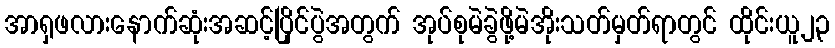
အာရှဖလားနောက်ဆုံးအဆင့်ပြိုင်ပွဲအတွက် အုပ်စုမဲခွဲဖို့မဲအိုးသတ်မှတ်ရာတွင် ထိုင်းယူ၂၃